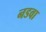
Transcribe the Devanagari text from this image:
नडवा